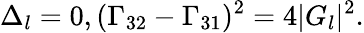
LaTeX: \Delta_{l}=0,(\Gamma_{32}-\Gamma_{31})^{2}=4|G_{l}|^{2}.